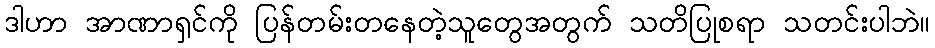
ဒါဟာ အာဏာရှင်ကို ပြန်တမ်းတနေတဲ့သူတွေအတွက် သတိပြုစရာ သတင်းပါဘဲ။